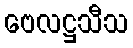
ဗေလဋ္ဌသီသ